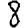
Digit: 8